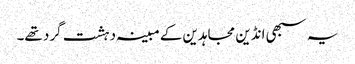
یہ سبھی انڈین مجاہدین کے مبینہ دہشت گرد تھے۔